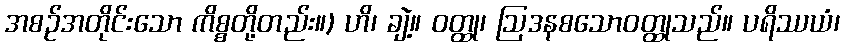
အစဉ်အတိုင်းသော ကိစ္စတို့တည်း။) ဟိ၊ ချဲ့။ ဝတ္ထု၊ ဩဒနစသောဝတ္ထုသည်။ ပရိဿယံ၊